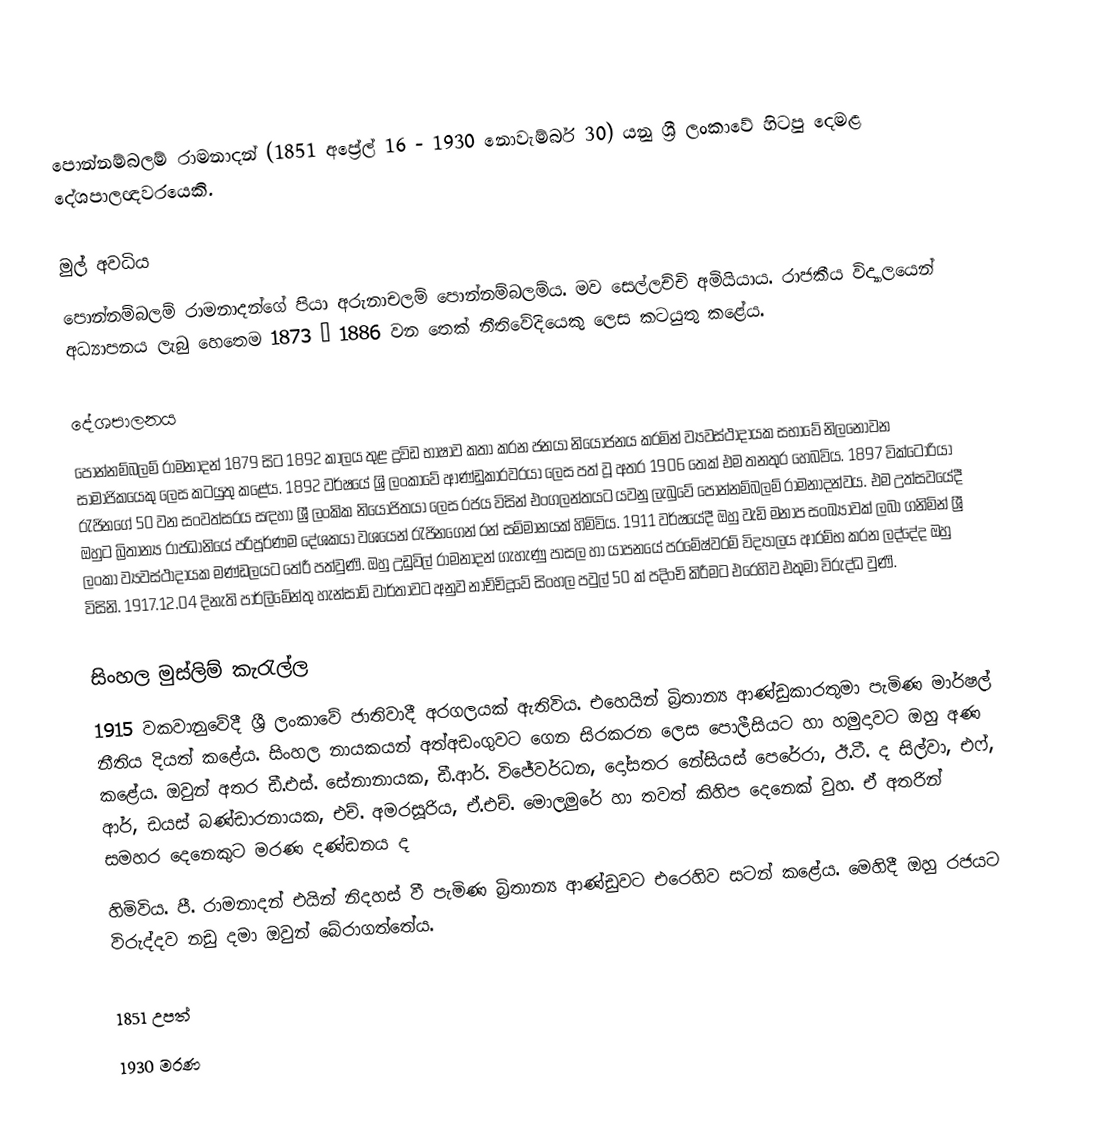
පොන්නම්බලම් ‍රාමනාදන් (1851 ‍අප්‍රේල් 16 - 1930 නොවැම්බර් 30) යනු ශ්‍රී ලංකාවේ හිටපු දෙමළ දේශපාලඥවරයෙකි.

මුල් අවධිය
පොන්නම්බලම් ‍රාමනාදන්ගේ පියා අරුනාචලම් පොන්නම්බලම්ය. මව සෙල්ලච්චි අමියියාය. රාජකීය විද්‍යා‍ලයෙන් අධ්‍යාපනය ලැබු හෙතෙම 1873 – 1886 වන තෙක් නීතිවේදියෙකු ලෙස කටයුතු කළේය.

දේශපාලනය
පොන්නම්බලම් ‍රාමනාදන් 1879 සිට 1892 කාලය තුළ ද්‍රවිඩ භාෂාව කතා කරන ජනයා නියොජනය කරමින් ව්‍යවස්ථාදායක සභාවේ නිල‍නොවන සාමාජිකයෙකු ලෙස කටයුතු කළේය. 1892 වර්ෂයේ ශ්‍රි ලංකාවේ ආණ්ඩුකාරවරයා ලෙස පත් වූ අතර 1906 තෙක් එම තනතුර හෙබවිය. 1897 වික්ටෝරියා රැජිනගේ 50 වන සංවත්සරය සඳහා ශ්‍රී ලංකික නියෝජිතයා ලෙස රජය විසින් එංගලන්තයට යවනු ලැබුවේ පොන්නම්බලම් ‍රාමනාදන්වය. ‍එම උත්සවයේදී ඔහුට බ්‍රිතාන්‍ය රාජධානියේ පරිපූර්ණම දේශකයා වශයෙන් රැජිනගෙන් රන් සම්මානයක් හිමිවිය. 1911 වර්ෂයේදී ඔහු වැඩි මනාප සංඛ්‍යාවක් ලබා ගනිමින් ශ්‍රී ලංකා ව්‍යවස්ථාදායක මණ්ඩලයට තේරී පත්වුණි. ඔහු උඩුවිල් රාමනාදන් ගැහැණු පාසල හා යාපනයේ පරමේෂ්වරම් විද්‍යාලය ආරම්භ කරන ලද්දේද ඔහු විසිනි. 1917.12.04 දිනැති පාර්ලිමේන්තු හැන්සාඩ් වාර්තාවට අනුව නාච්චිදූවේ සිංහල පවුල් 50 ක් පදිංචි කිරීමට එරෙහිව එතුමා විරුද්ධ වුණි.

සිංහල මුස්ලිම් කැරැල්ල
1915 වකවානුවේදී ශ්‍රී ලංකාවේ ජාතිවාදී අරගලයක් ඇතිවිය. එහෙයින් බ්‍රිතාන්‍ය ආණ්ඩුකාරතුමා පැමිණ මාර්ෂල් නීතිය දියත් කළේය. සිංහල නායකයන් අත්අඩංගුවට ගෙන සිරකරන ලෙස පොලීසියට හා හමුදාවට ඔහු අණ කළේය. ඔවුන් අතර ඩී.එස්. සේනානායක, ඩී.ආර්. විජේවර්ධන, දෝසතර නේසියස් පෙරේරා, ඊ.ටී. ද සිල්වා, එෆ්, ආර්, ඩයස් බණ්ඩාරනායක, එච්. අමරසූරිය, ඒ.එච්. මොලමුරේ හා තවත් කිහිප දෙනෙක් වුහ. ඒ අතරින් සමහර දෙනෙකුට මරණ දණ්ඩනය ද
හිමිවිය. පී. රාමනාදන් එයින් නිදහස් වී පැමිණ බ්‍රිතාන්‍ය ආණ්ඩුවට එරෙහිව සටන් කළේය. මෙහිදී ඔහු රජයට විරුද්දව නඩු දමා ඔවුන් බේරාගත්තේය.

1851 උපත්
1930 මරණ